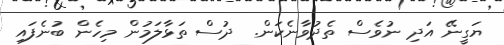
ޔަގީނޭ އަދި ނުވެސް ތެދުވާނެކަން.  ދުސް ތަޅާލަމުން މިހެން ބުނެފައި